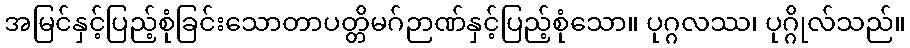
အမြင်နှင့်ပြည့်စုံခြင်းသောတာပတ္တိမဂ်ဉာဏ်နှင့်ပြည့်စုံသော။ ပုဂ္ဂလဿ၊ ပုဂ္ဂိုလ်သည်။